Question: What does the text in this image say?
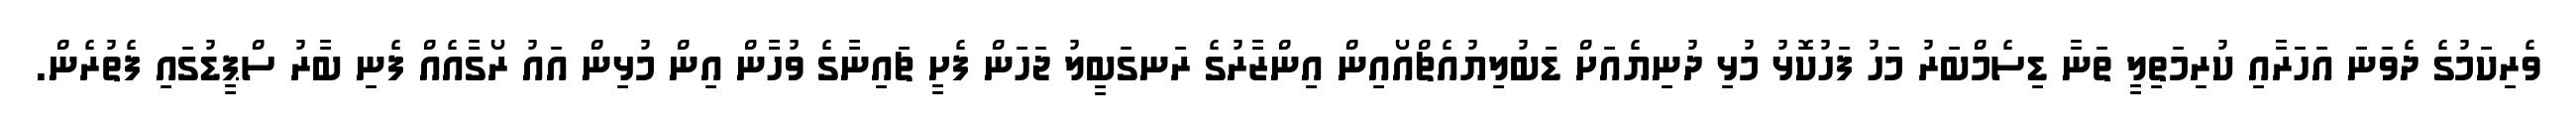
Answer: ވެރިކަމުގެ ދެވަނަ އަހަރާއި ކުރިމަތިލީ ތަނާ ޑިސެމްބަރު މަހު ފަހުކޮޅު މުޅި ދުނިޔެއަށް ޑަބުލިޔުއެޗްއޯއިން އިންޒާރުގެ ރަނގަބީލު ޖަހަން ފެށީ ޗައިނާގެ ވުހާން އިން މުޅިން އައު ރޯގާއެއް ފެނި ބާރު ސްޕީޑުގައި ފެތުރެން.